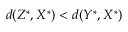
d ( Z ^ { \ast } , X ^ { \ast } ) < d ( Y ^ { \ast } , X ^ { \ast } )